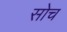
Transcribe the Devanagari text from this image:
सोच